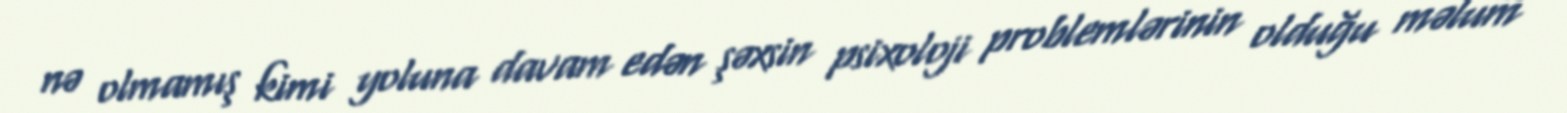
nə olmamış kimi yoluna davam edən şəxsin psixoloji problemlərinin olduğu məlum